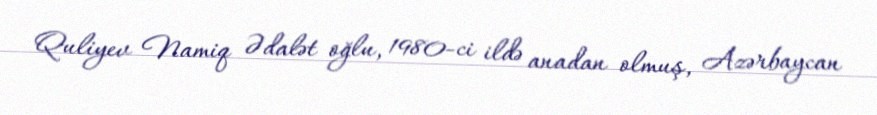
Quliyev Namiq Ədalət oğlu, 1980-ci ildə anadan olmuş, Azərbaycan